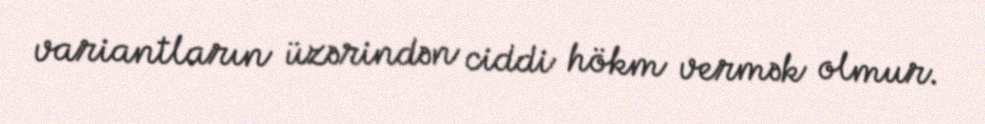
variantların üzərindən ciddi hökm vermək olmur.